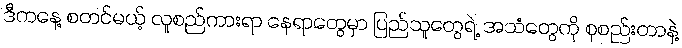
ဒီကနေ့ စတင်မယ့် လူစည်ကားရာ နေရာတွေမှာ ပြည်သူတွေရဲ့ အသံတွေကို စုစည်းတာနဲ့